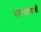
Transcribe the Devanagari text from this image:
भागवताचार्यों